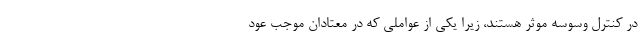
در کنترل وسوسه موثر هستند، زیرا یکی از عواملی که در معتادان موجب عود